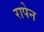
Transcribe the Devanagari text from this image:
रापेन